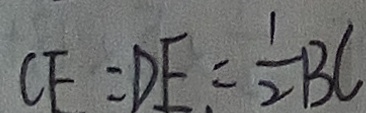
C F = D E = \frac { 1 } { 2 } B C